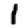
Digit: 1